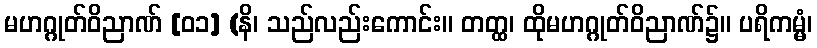
မဟဂ္ဂုတ်ဝိညာဏ် [၀၁] (နိ၊ သည်လည်းကောင်း။ တတ္ထ၊ ထိုမဟဂ္ဂုတ်ဝိညာဏ်၌။ ပရိကမ္မံ၊